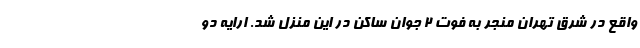
واقع در شرق تهران منجر به فوت ۲ جوان ساکن در این منزل شد. ارایه دو